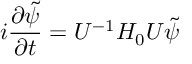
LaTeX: i \frac { \partial \tilde { \psi } } { \partial t } = U ^ { - 1 } H _ { 0 } U \tilde { \psi }